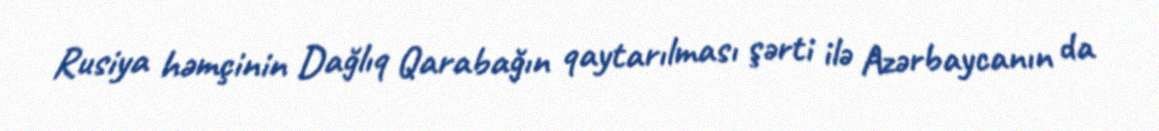
Rusiya həmçinin Dağlıq Qarabağın qaytarılması şərti ilə Azərbaycanın da